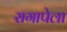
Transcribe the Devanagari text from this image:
रागापेला